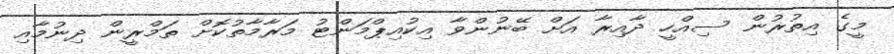
މީގެ އިތުރުން ސިއްހީ ދާއިރާ އަށް ބޭނުންވާ އިކުއިޕްމަންޓު މަރާމާތުކޮށް ތަމްރީން ދިނުމާއި